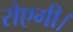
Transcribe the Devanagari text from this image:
रोएगी।